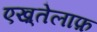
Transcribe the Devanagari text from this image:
एख़्तेलाफ़